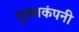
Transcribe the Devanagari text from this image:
मुख्यकंपनी